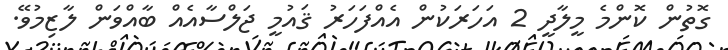
ގޮތުން ކޮންމެ މީލާދީ 2 އަހަރަކުން އެއްފަހަރު ޤައުމީ ޖަލްސާއެއް ބާއްވަން ލާޒިމުވޭ.